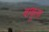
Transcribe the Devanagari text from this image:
बांबूला